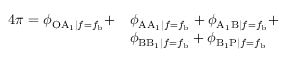
\begin{array} { r l } { 4 \pi = \phi _ { \mathrm { O A } _ { 1 } | f = f _ { \mathrm { b } } } + } & { \phi _ { \mathrm { A A } _ { 1 } | f = f _ { \mathrm { b } } } + \phi _ { \mathrm { A _ { 1 } B } | f = f _ { \mathrm { b } } } + } \\ & { \phi _ { \mathrm { B B _ { 1 } } | f = f _ { \mathrm { b } } } + \phi _ { \mathrm { B _ { 1 } P } | f = f _ { \mathrm { b } } } } \end{array}